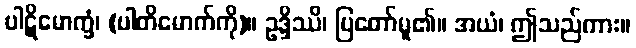
ပါဋိမောက္ခံ၊ (ပါတိမောက်ကို)။ ဥဒ္ဒိဿိ၊ ပြတော်မူ၏။ အယံ၊ ဤသည်ကား။